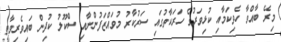
މިރޭ ބާއްވާ ހެވިކަމާއި ކުޅިވަރުގެ ހަރަކާތުގައި ސަރުކާރު މުވައްޒަފުންނާއި ސްކޫލު ކުދިން ބައިވެރިވާތީ